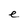
Character: e